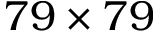
7 9 \times 7 9